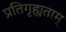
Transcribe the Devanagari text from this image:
प्रतिगृह्यताम्